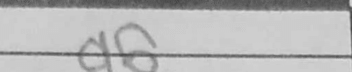
Transcription: g6